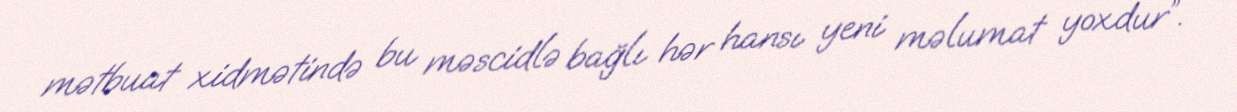
mətbuat xidmətində bu məscidlə bağlı hər hansı yeni məlumat yoxdur”.